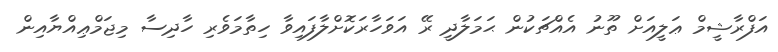
އަފްރާޝީމް ޢަލީއަށް ތޫނު އެއްޗަކުން ޙަމަލާދީ ރޭ އަވަހާރަކޮށްލާފައިވާ ހިތާމަވެރި ހާދިސާ މިޖަމްޢިއްޔާއިން